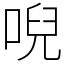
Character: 唲